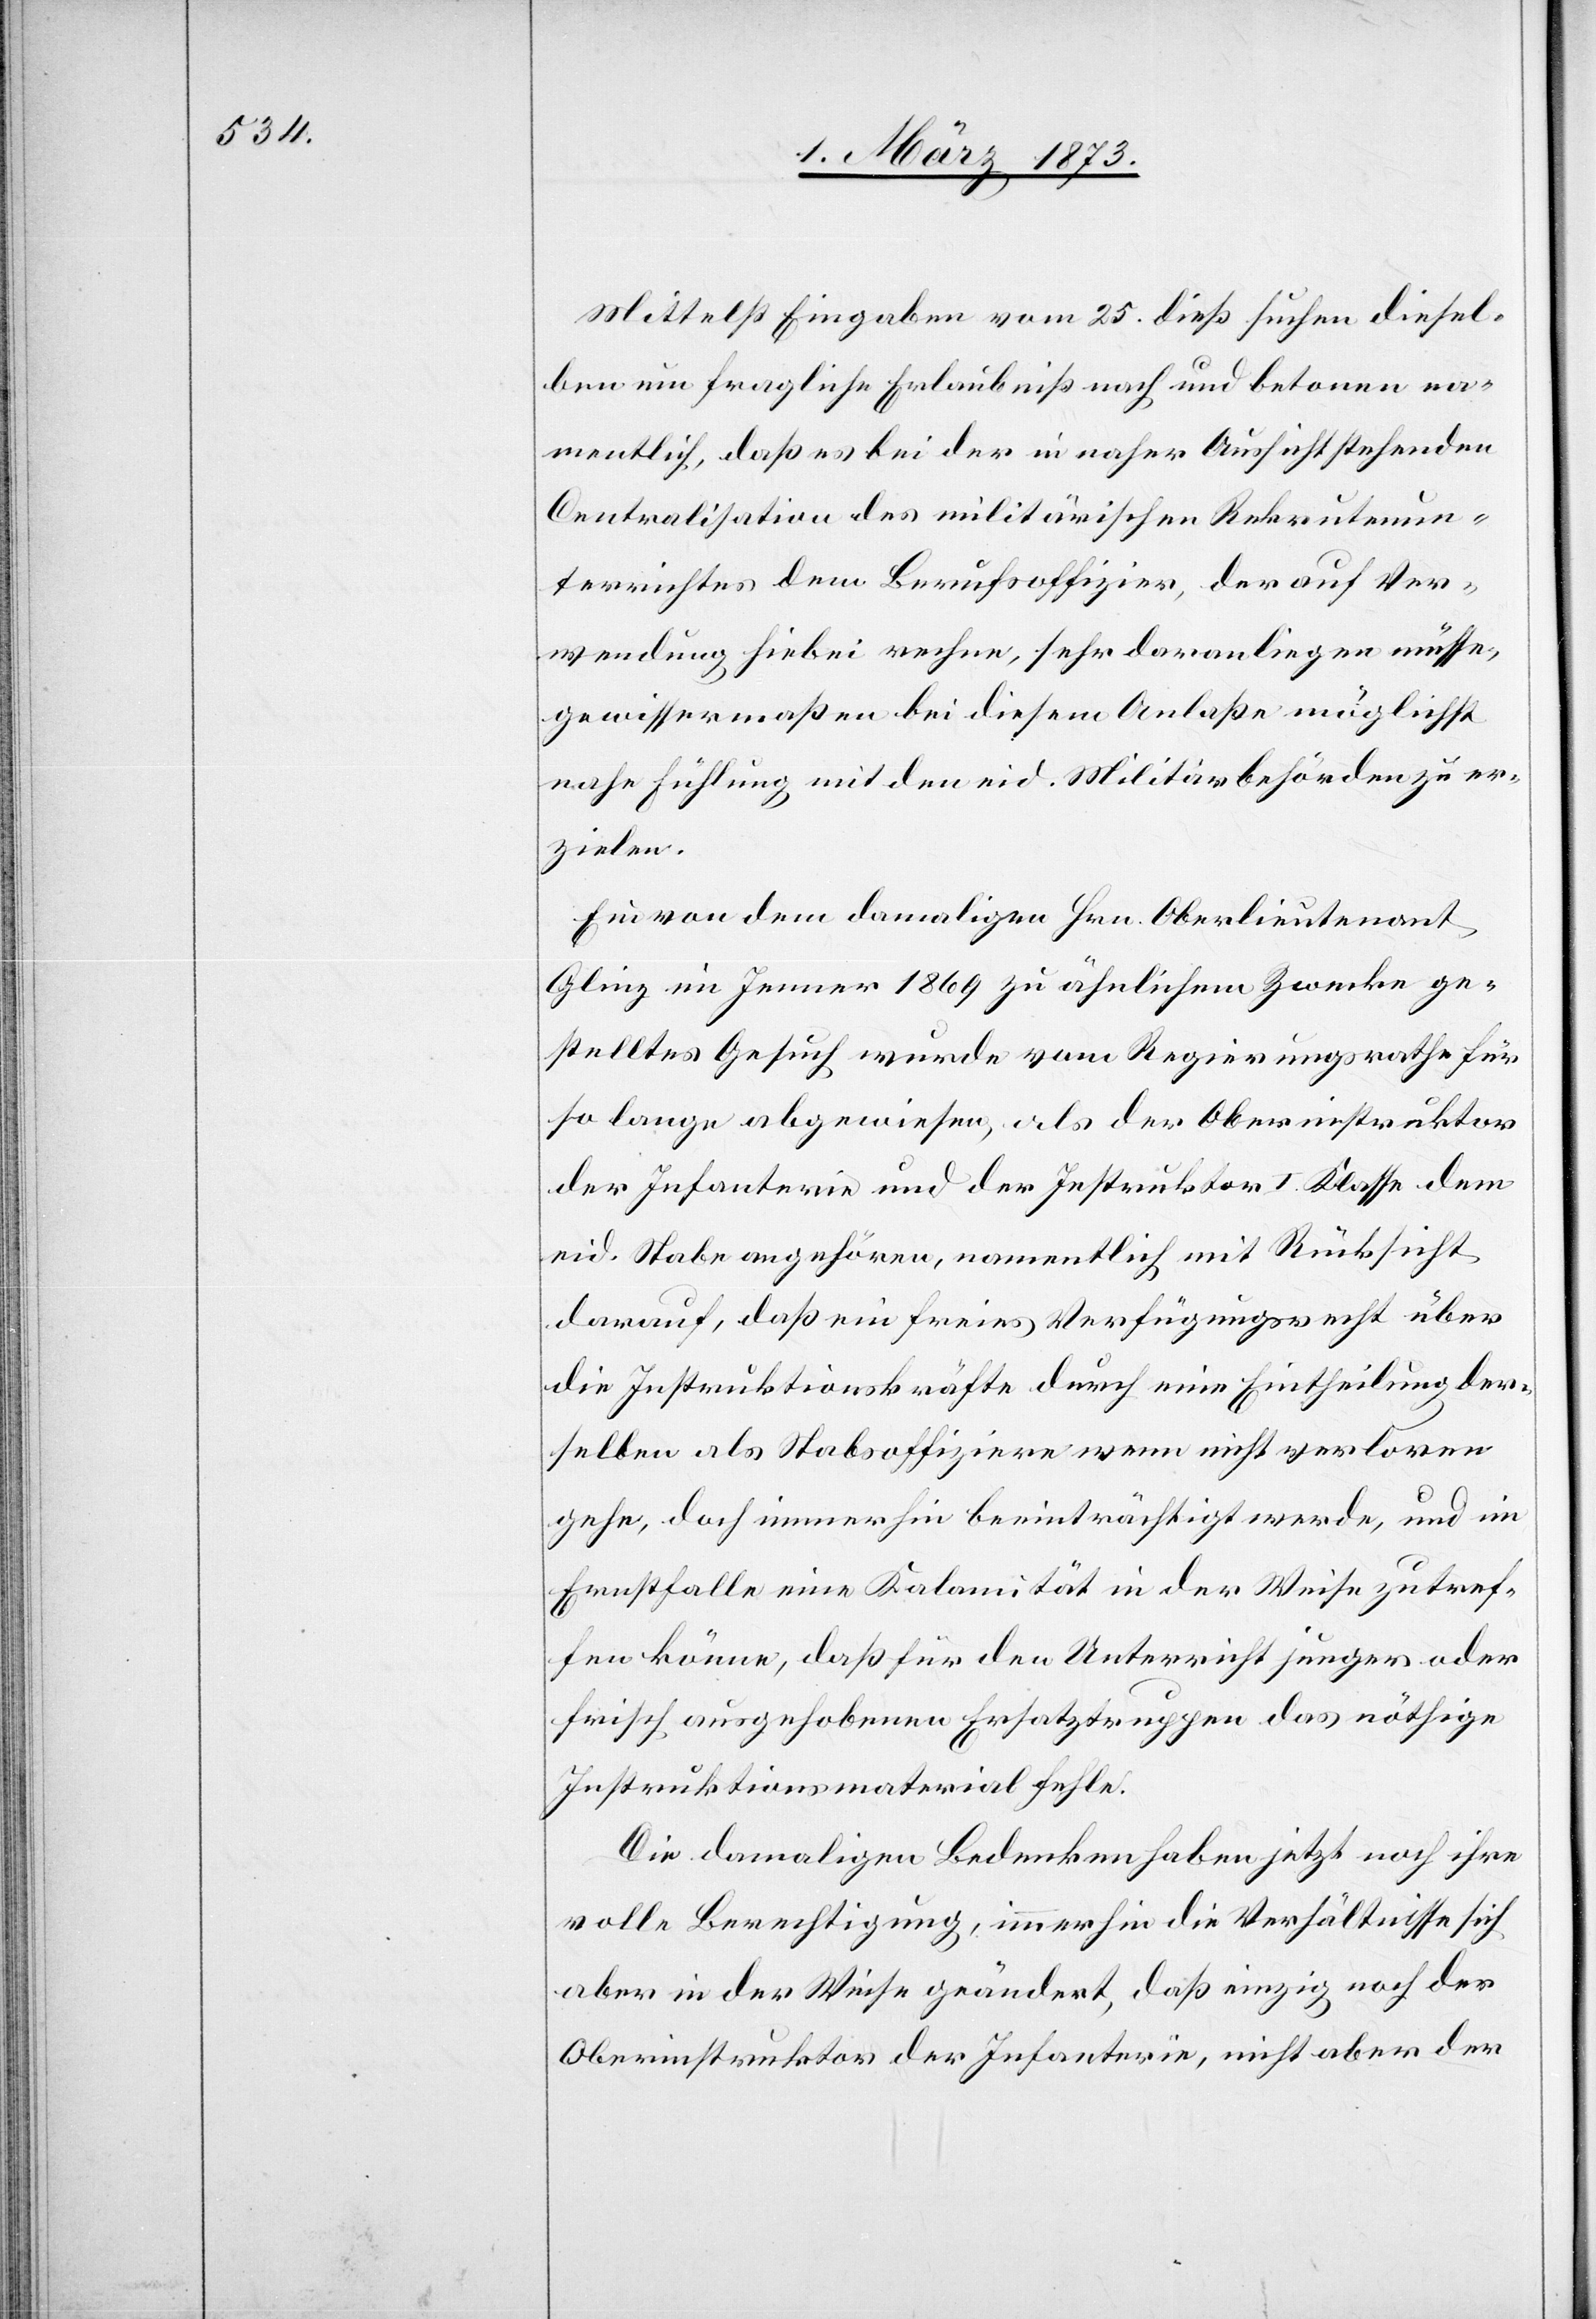
Mittelst Eingaben vom 25. dieß suchen diesel¬
ben um fragliche Erlaubniß nach und betonen na¬
mentlich, daß es bei der in naher Aussicht stehenden
Centralisation des militärischen Rekrutenun¬
terrichtes dem Berufsoffizier, der auf Ver¬
wendung hiebei rechne, sehr daranliegen müsse,
gewissermaßen bei diesem Anlaße möglichst
nahe Fühlung mit den eid. Militärbehörden zu er¬
zielen.
Ein von dem damaligen Hrn. Oberlieutenant
Glinz im Jenner 1869 zu ähnlichem Zwecke ge¬
stelltes Gesuch wurde vom Regierungsrathe für
so lange abgewiesen, als der Oberinstruktor
der Infanterie und der Instruktor I. Klasse dem
eid. Stabe angehören, namentlich mit Rücksicht
darauf, daß ein freies Verfügungsrecht über
die Instruktionskräfte durch eine Eintheilung der¬
selben als Stabsoffiziere wenn nicht verloren
gehe, doch immerhin beeinträchtigt werde, und im
Ernstfalle eine Kalamität in der Weise zutref¬
fen könne, daß für den Unterricht junger oder
frisch ausgehobenen [sic!] Ersatztruppen das nöthige
Instruktionsmaterial fehle.
Die damaligen Bedenken haben jetzt noch ihre
voll Berechtigung, immerhin die Verhältnisse sich
aber in der Weise geändert, daß einzig noch der
Oberinstruktor der Infanterie, nicht aber der